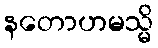
နတောဟမသ္မိ